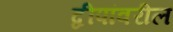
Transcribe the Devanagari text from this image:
द्वीपांवरील